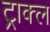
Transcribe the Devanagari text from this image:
ट्राक्ल